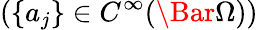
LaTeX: (\{ a_{j}\} \in C^{\infty}(\Bar{\Omega}))